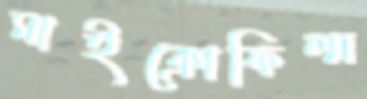
মাইক্রোফিল্ম